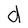
Character: d